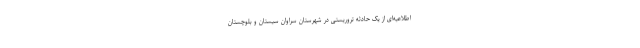
اطلاعیه‌ای از یک حادثه تروریستی در شهرستان سراوان سیستان و بلوچستان